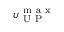
\upsilon _ { \mathrm { ~ U ~ P ~ } } ^ { \mathrm { ~ m ~ a ~ x ~ } }